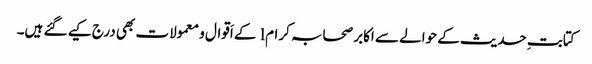
کتابتِ حدیث کے حوالے سے اکابر صحابہ کرام l کے اَقوال و معمولات بھی درج کیے گئے ہیں۔